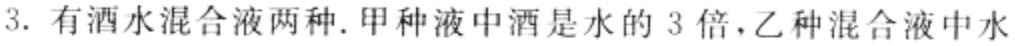
3. 有酒水混合液两种. 甲种液中酒是水的 3 倍, 乙种混合液中水